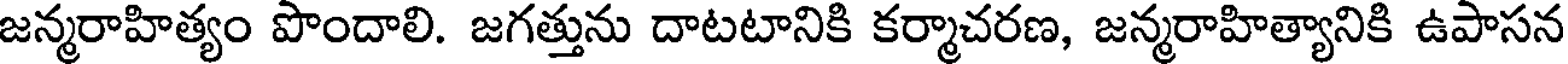
జన్మరాహిత్యం పొందాలి. జగత్తును దాటటానికి కర్మాచరణ, జన్మరాహిత్యానికి ఉపాసన